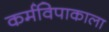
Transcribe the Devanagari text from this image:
कर्मविपाकाला